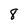
Character: 8